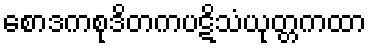
စောဒကစုဒိတကပဋိသံယုတ္တကထာ